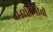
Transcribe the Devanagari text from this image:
वानरलिंगीची